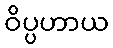
ဝိပ္ပဟာယ